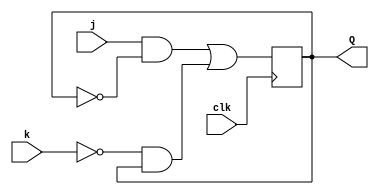
module top_module (
    input clk,
    input j,
    input k,
    output Q); 
    
    wire Qold;
    assign Qold = Q;
    
    always @(posedge clk)
        begin
            Q <= j&(~Qold) | (~k)&Qold;
        end
endmodule